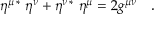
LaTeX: \eta ^ { \mu \, * } \, \, \eta ^ { \nu } + \eta ^ { \nu \, * } \, \, \eta ^ { \mu } = 2 g ^ { \mu \nu } \quad .